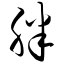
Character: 胖